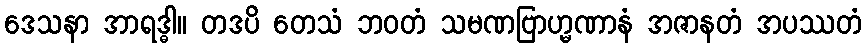
ဒေသနာ အာရဒ္ဓါ။ တဒပိ တေသံ ဘဝတံ သမဏဗြာဟ္မဏာနံ အဇာနတံ အပဿတံ